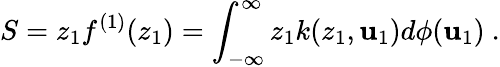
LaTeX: S=z_{1}f^{(1)}(z_{1})=\int_{-\infty}^{\infty}z_{1}k(z_{1},\mathbf{u}_{1})d{\phi}(\mathbf{u}_{1})\ .